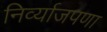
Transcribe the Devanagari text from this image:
निर्व्याजपणा